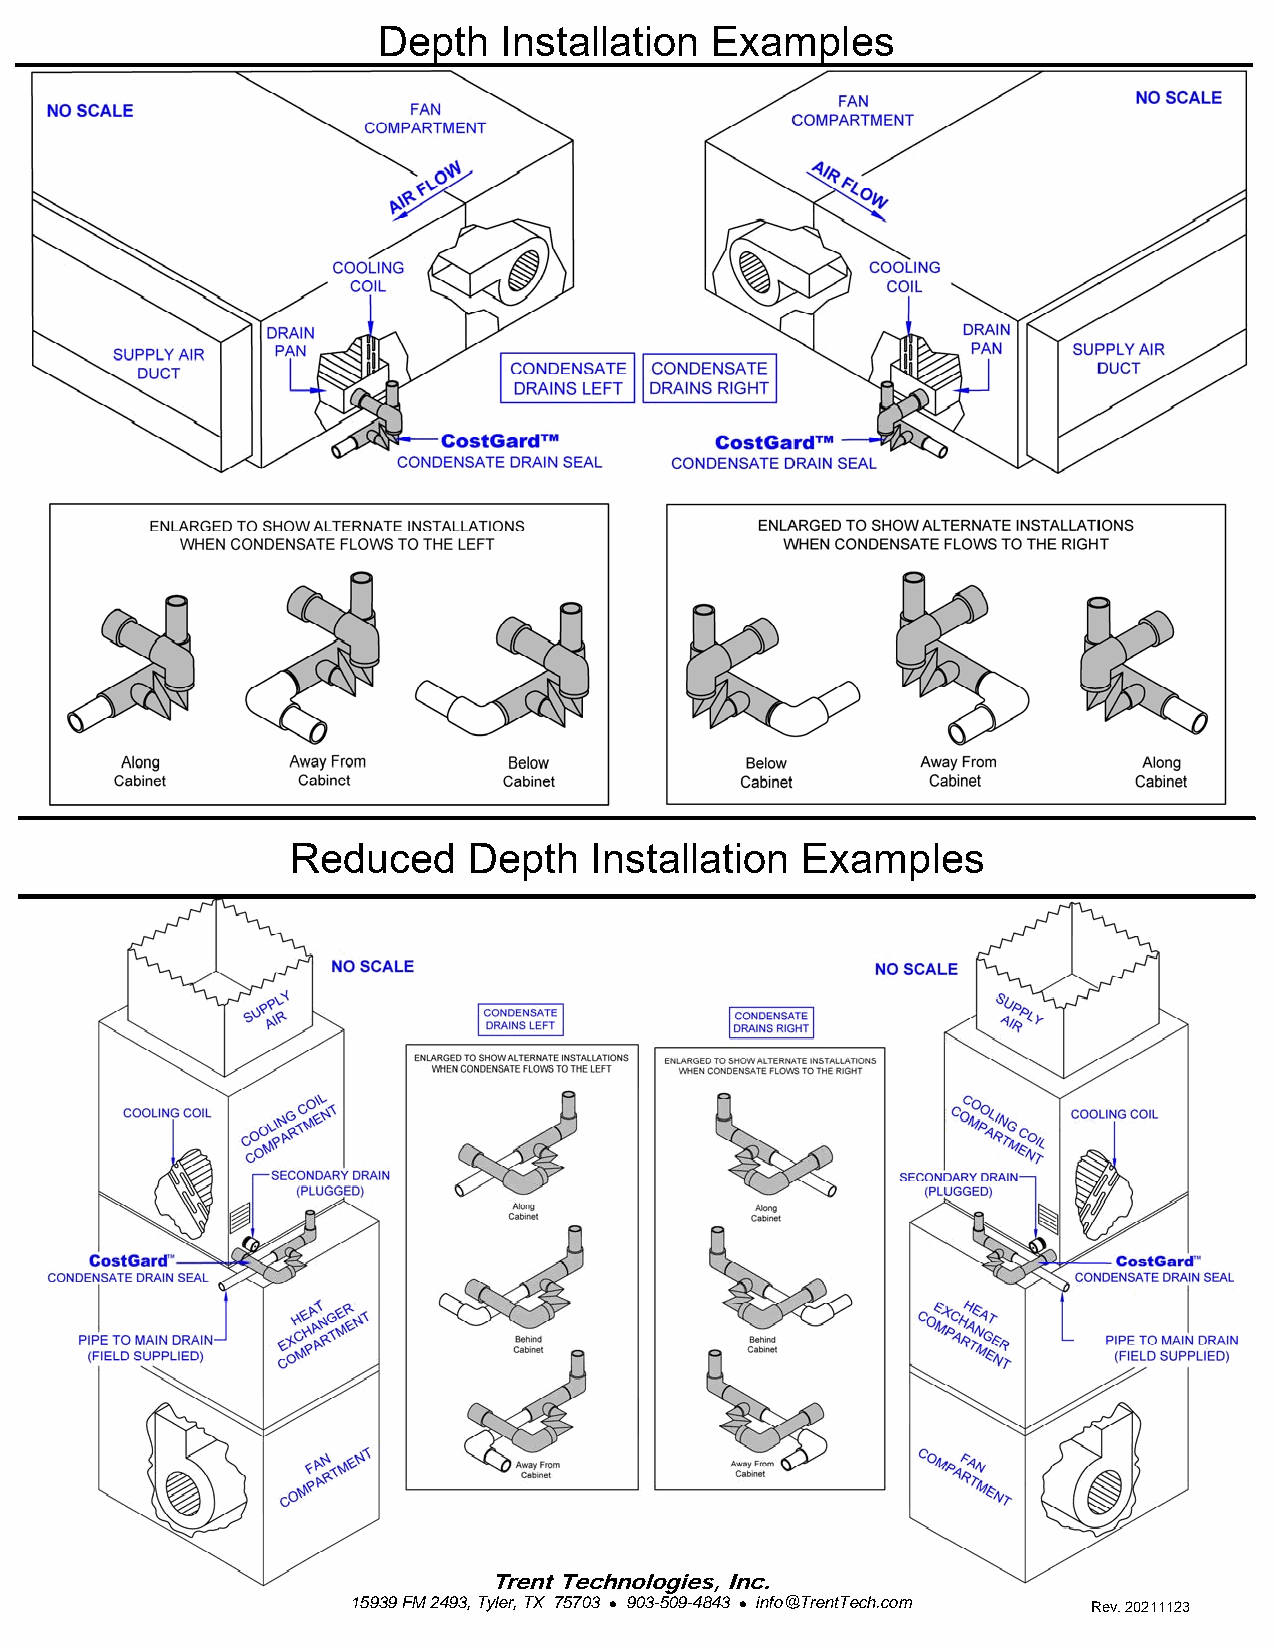
Depth   Installation  Examples
 Reduced     Depth   Installation  Examples
 Trent Technologies, Inc.
 15939 FM 2493, Tyler, TX 75703  903-509-4843  info@TrentTech.com Rev. 20211123